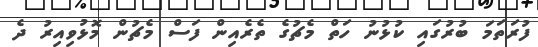
ފުރަތަމަ ބުރުގައި ކުޅުނު ހަތް މެޗުގެ ތެރެއިން ފަސް މެޗުން މޮޅުވިއިރު ދެ